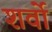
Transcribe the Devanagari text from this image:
शर्वो